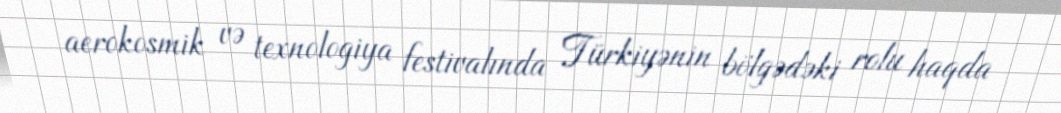
aerokosmik və texnologiya festivalında Türkiyənin bölgədəki rolu haqda